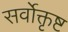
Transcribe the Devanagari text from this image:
सर्वोक्तृष्ट